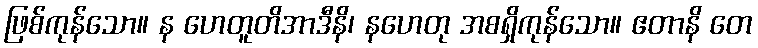
ဖြစ်ကုန်သော။ န ဟေတူတိအာဒီနိ၊ နဟေတု အစရှိကုန်သော။ ဧတာနိ တေ